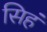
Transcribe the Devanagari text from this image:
सिहं